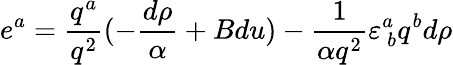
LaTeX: e^{a}={\frac{q^{a}}{q^{2}}}(-{\frac{d\rho}{\alpha}}+Bdu)-{\frac{1}{\alpha q^{2}}}\varepsilon_{\ b}^{a}q^{b}d\rho